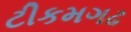
ટીકમગઢ